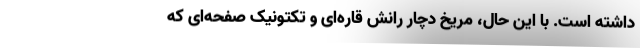
داشته است. با این حال، مریخ دچار رانش قاره‌ای و تکتونیک صفحه‌ای که